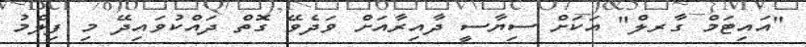
"އައިޓަމް ގާރލް" އަކަށް ސިޔާސީ ދާއިރާއަށް ވަދެވޭ ގޮތް ދައްކުވައިދޭ މި ފިލްމު